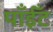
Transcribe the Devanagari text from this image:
पाँईँट